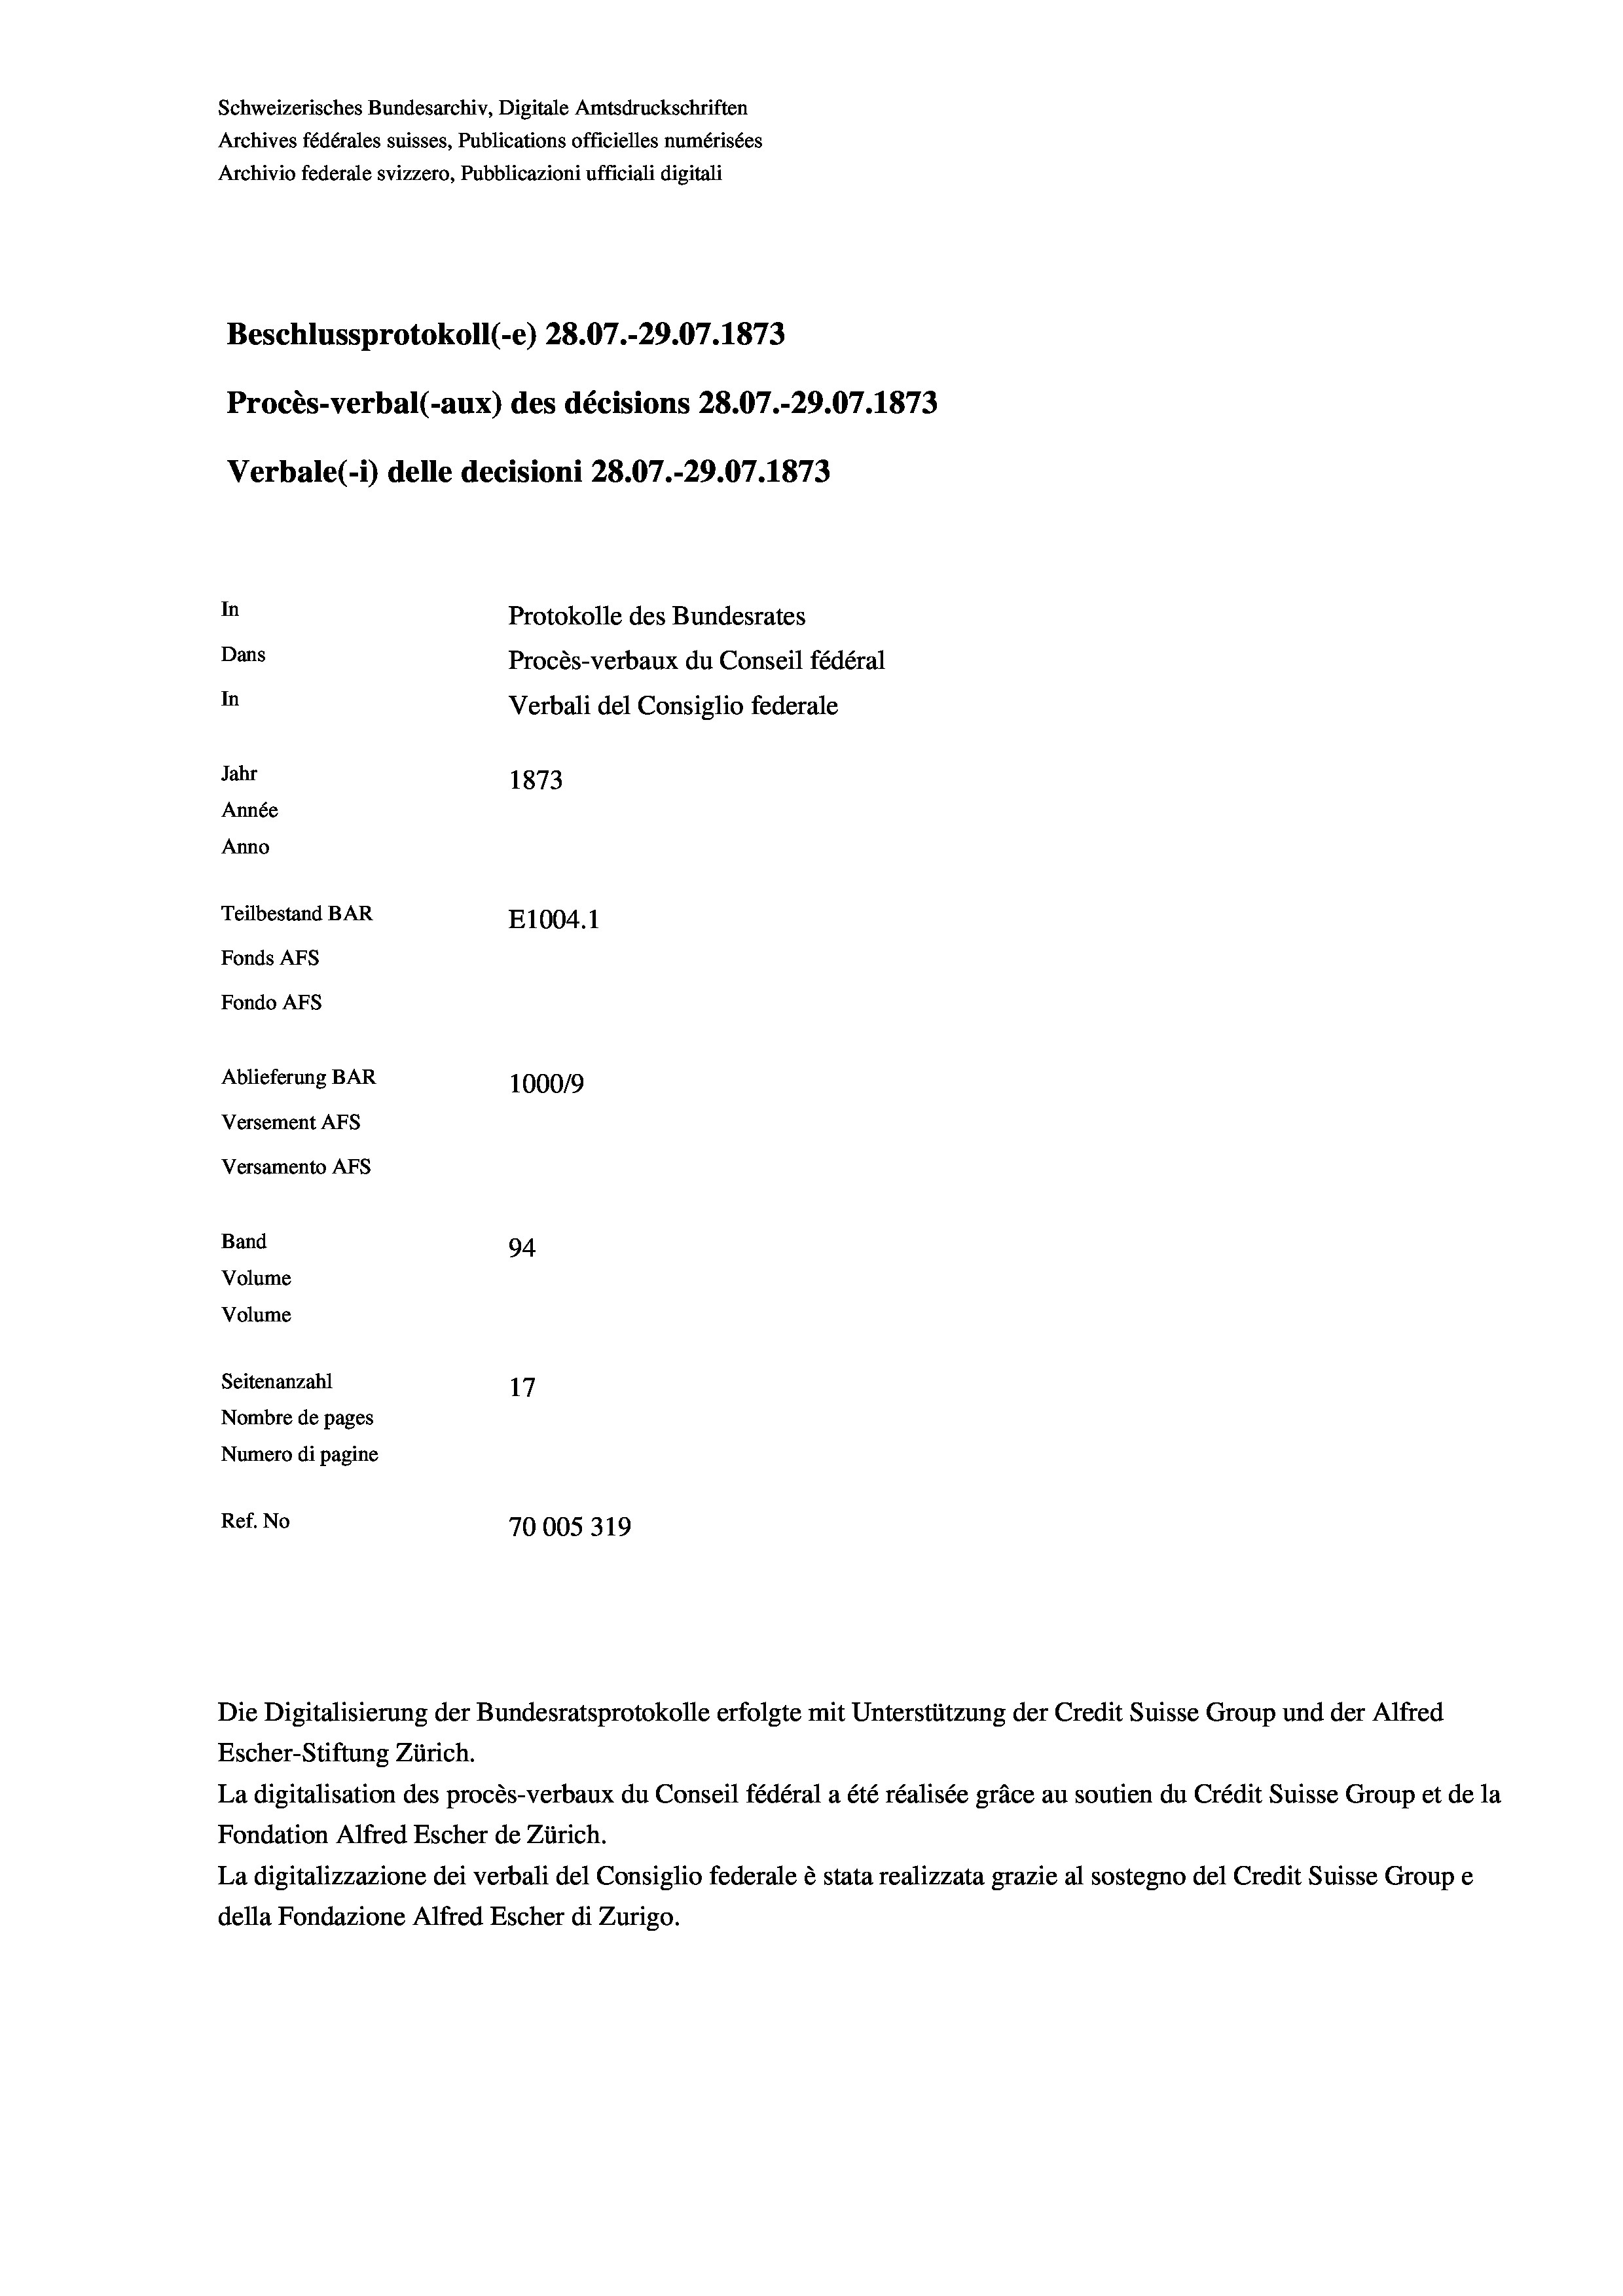
Schweizerisches Bundesarchiv, Digitale Amtsdruckschriften
Archives fédérales suisses, Publications officielles numérisées
Archivio federale svizzero, Pubblicazioni ufficiali digitali
Beschlussprotokoll (-e) 28.07.-29.07. 1873
Procès-verbal (-aux) des décisions 28.07.-29.07. 1873
Verbale (- 1) delle decisioni 28.07.-29.07. 1873
In
Protokolle des Bundesrates
Dans
Procès-verbaux du Conseil fédéral
In
Verbali del Consiglio federale
Jahr
1873
Année
Anno
Teilbestand BAR
E1004.1
Fonds AFs
Fondo AFS
Ablieferung BAR
100019
Versement AFs
Versamento AFs
Band
94.
Volume
Volume
Seitenanzahl
Nombre de pages
Numero di pagine
Ref. No
70005319

Escher-Stiftung Zürich.
La digitalisation des procès-verbaux du Conseil fédéral a été réalisée gräce au soutien du Crédit Suisse Group et de la
Fondation Alfred Escher de Zürich.
La digitalizzazione dei verbali del Consiglio federale è stata realizzata grazie al sostegno del Credit Suisse Groupe
della Fondazione Alfred Escher di Zurigo.

Die Digitalisierung der Bundesratsprotokolle erfolgte mit Unterstützung der Credit Suisse Group und der Alfred